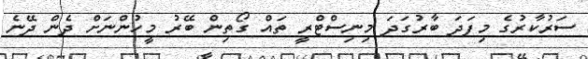
ސަރުކާރުގެ މިފަަދަ ބާރުގަދަ މިނިސްޓްރީ ތައް ގޯތިން ބޭރު މީހުންނަށް ދެން ދޭނެ